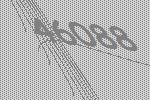
46088